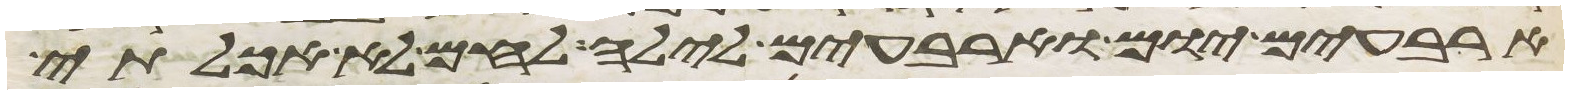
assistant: ארבעים יום וארבעים לילה לחם לא אכלתי